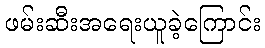
ဖမ်းဆီးအရေးယူခဲ့ကြောင်း